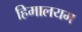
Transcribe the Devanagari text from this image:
हिमालयम